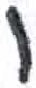
אות: ו